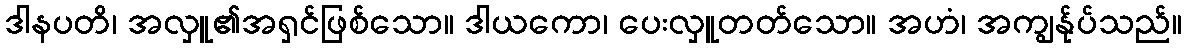
ဒါနပတိ၊ အလှူ၏အရှင်ဖြစ်သော။ ဒါယကော၊ ပေးလှူတတ်သော။ အဟံ၊ အကျွန်ုပ်သည်။